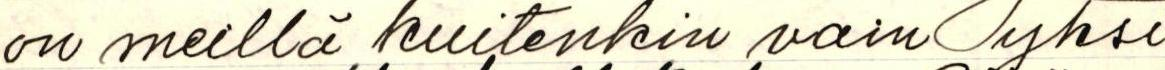
on meillä kuitenkin vain yksi